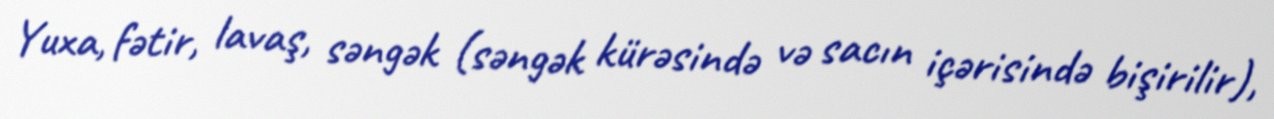
Yuxa, fətir, lavaş, səngək (səngək kürəsində və sacın içərisində bişirilir),